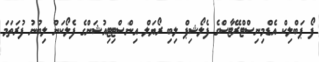
ފޯ ޕަބްލިކް އެޑްމިނިސްޓްރޭޓާސްގެ ފެލޯޝިޕް ލިބި ރޯޔަލް އިންސްޓިޓިއުޝަންގެ ފެލޯކަން ލިބުނު ފުރަތަމަ